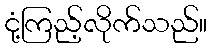
ငုံ့ကြည့်လိုက်သည်။